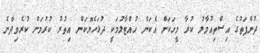
ދުންފަތުގެ އިސްތިއުމާލު ކުރާ މީހަކަށް އެކަން ހުއްޓާލުމަކީ ދުޅަހެޔޮކަން އިތުރު ކުރުމަށް ކުރެވިދާނެ